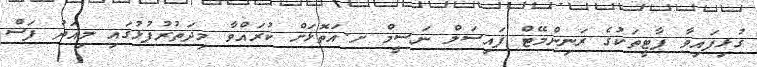
ގުޅިފައިވާ ޕާޓީތަކުގެ ރަނިންމޭޓް ފައިސަލް ނަސީމް ށ.އަތޮޅަށް ކުރައްވާ މިދަތުރުފުޅުގައި މިއަދު ފަސް